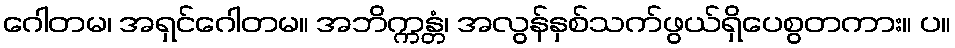
ဂေါတမ၊ အရှင်ဂေါတမ။ အဘိက္ကန္တံ၊ အလွန်နှစ်သက်ဖွယ်ရှိပေစွတကား။ ပ။